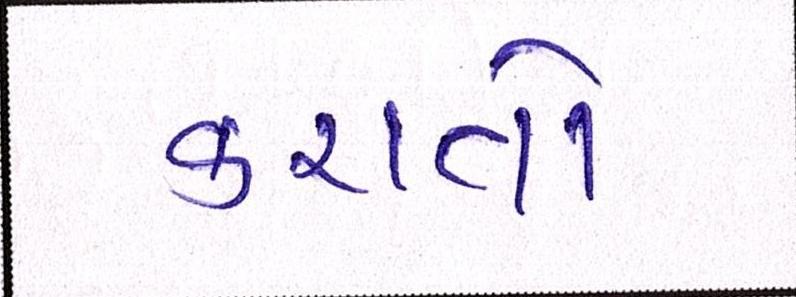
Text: કરાતો